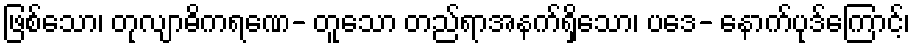
ဖြစ်သော၊ တုလျာဓိကရဏေ- တူသော တည်ရာအနက်ရှိသော၊ ပဒေ- နောက်ပုဒ်ကြောင့်၊